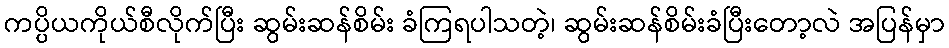
ကပ္ပိယကိုယ်စီလိုက်ပြီး ဆွမ်းဆန်စိမ်း ခံကြရပါသတဲ့၊ ဆွမ်းဆန်စိမ်းခံပြီးတော့လဲ အပြန်မှာ